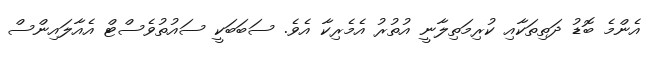
އެންމެ ބޮޑު ދަތިތަކާއި ކުރިމަތިލާނީ އުތުރު އެމެރިކާ އެވެ. ސަބަބަކީ ސައުތުވެސްޓް އެއާލައިންސް